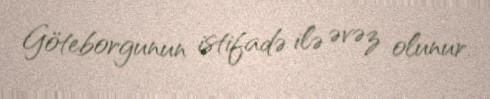
Göteborgunun istifadə ilə əvəz olunur.